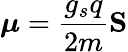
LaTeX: {\boldsymbol{\mu}}={\frac{g_{s}q}{2m}}\mathbf{S}